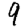
Digit: 9